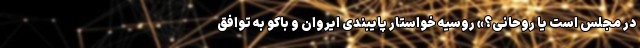
در مجلس است یا روحانی؟» روسیه خواستار پایبندی ایروان و باکو به توافق